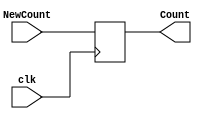
`timescale 1ns / 1ps
//////////////////////////////////////////////////////////////////////////////////
// Company: 
// Engineer: 
// 
// Design Name: 
// Module Name: ProgramCounter2
// Project Name: 
// Target Devices: 
// Tool Versions: 
// Description: 
// 
// Dependencies: 
// 
// Revision:
// Revision 0.01 - File Created
// Additional Comments:
// 
//////////////////////////////////////////////////////////////////////////////////

`timescale 1ns / 1ps
//////////////////////////////////////////////////////////////////////////////////
// Company: 
// Engineer: 
// 
// Design Name: 
// Module Name:    ProgramCounter 
// Project Name: 
// Target Devices: 
// Tool versions: 
// Description: 
//
// Dependencies: 
//
// Revision: 
// Revision 0.01 - File Created
// Additional Comments: 
//
//////////////////////////////////////////////////////////////////////////////////
module ProgramCounter2(
    input [15:0] NewCount,
	 input clk,
    output reg [15:0] Count
    );
	
	 initial begin
	 Count = 16'b0;
	 end
	 
	 always @(posedge clk)
	 begin
	 Count = NewCount;
	 end


endmodule